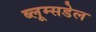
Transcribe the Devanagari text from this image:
ब्लूम्सडेल